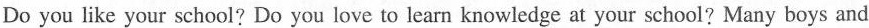
Do you like your school? Do you love to learn knowledge at your school? Many boys and